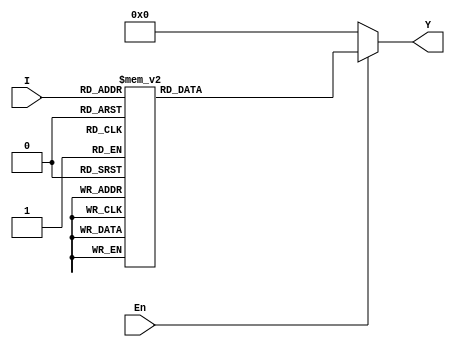
`timescale 1ns / 1ps
//////////////////////////////////////////////////////////////////////////////////
// Company: 
// Engineer: 
// 
// Design Name: 
// Module Name: decoder_3_8
// Project Name: 
// Target Devices: 
// Tool Versions: 
// Description: 
// 
// Dependencies: 
// 
// Revision:
// Revision 0.01 - File Created
// Additional Comments:
// 
//////////////////////////////////////////////////////////////////////////////////


module decoder_3_8(I,En,Y);

        input [2:0] I;
        input En;
        output reg [7:0] Y;
        
        always@(I)
        begin
            if(En)
                case(I)
                3'b000: Y = 8'b00000001;
                3'b001: Y = 8'b00000010;
                3'b010: Y = 8'b00000100;
                3'b011: Y = 8'b00001000;
                3'b100: Y = 8'b00010000;
                3'b101: Y = 8'b00100000;
                3'b110: Y = 8'b01000000;
                3'b111: Y = 8'b10000000;
                default: Y = 8'b00000000;
                endcase
            else
                Y = 8'b00000000;
         end
endmodule